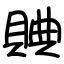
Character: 賟